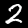
Digit: 2